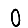
Digit: 0